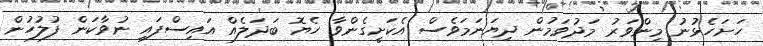
ހަށަހެޅުނު މިންވަރު މަދުވަމުން ދިޔަނަމަވެސް އެކަށީގެންވާ ހެޔޮ ބަދަލެއް އައިސްފައި ނުވާކަން ފުލުހުން